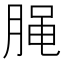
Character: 𰮭